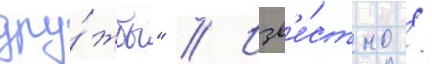
дру́жбы" // Изв'е́стно /